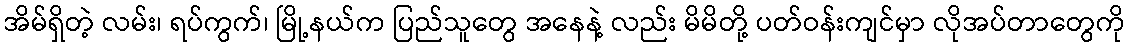
အိမ်ရှိတဲ့ လမ်း၊ ရပ်ကွက်၊ မြို့နယ်က ပြည်သူတွေ အနေနဲ့ လည်း မိမိတို့ ပတ်ဝန်းကျင်မှာ လိုအပ်တာတွေကို